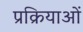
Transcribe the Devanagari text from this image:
प्रक्रियाओं